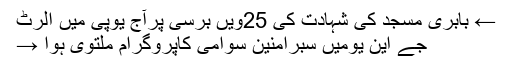
← بابری مسجد کی شہادت کی 25ویں برسی پرآج یوپی میں الرٹ
جے این یومیں سبرامنین سوامی کاپروگرام ملتوی ہوا →